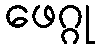
ဖေဂ္ဂု